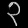
Digit: ၃